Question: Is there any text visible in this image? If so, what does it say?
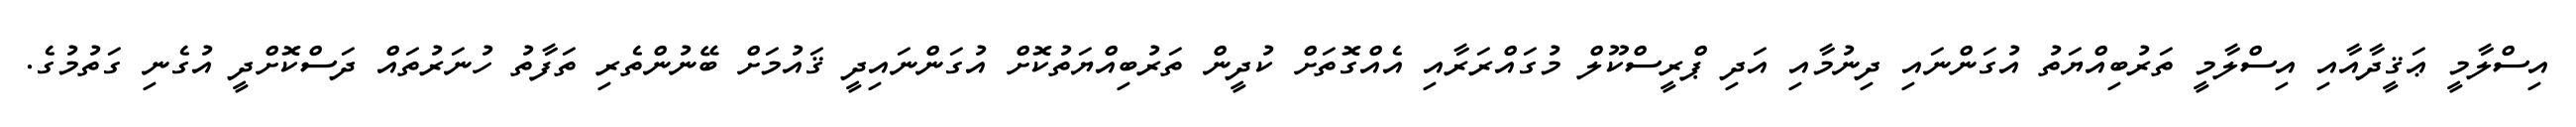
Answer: އިސްލާމީ ޢަޤީދާއާއި އިސްލާމީ ތަރުބިއްޔަތު އުގަންނައި ދިނުމާއި އަދި ޕްރީސްކޫލް މުގައްރަރާއި އެއްގޮތަށް ކުދީން ތަރުބިއްޔަތުކޮށް އުގަންނައިދީ ޤައުމަށް ބޭނުންތެރި ތަފާތު ހުނަރުތައް ދަސްކޮށްދީ އުގެނި ގަތުމުގެ.